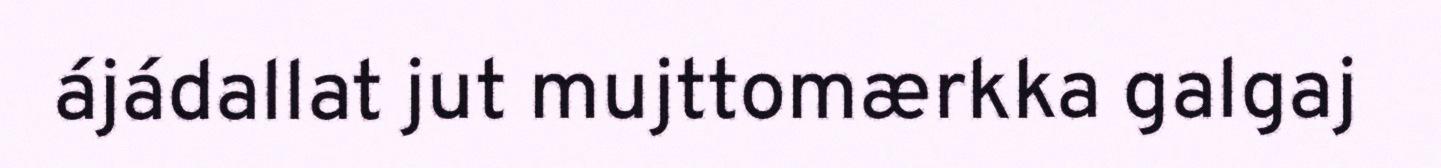
ájádallat jut mujttomærkka galgaj